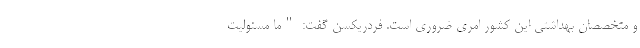
و متخصصان بهداشتی این کشور امری ضروری است. فردریکسن گفت: "ما مسئولیت